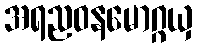
အရညဝနမောဂ္ဂယှ